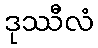
ဒုဿီလံ